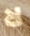
لا